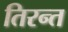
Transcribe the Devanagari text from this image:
तिरन्त